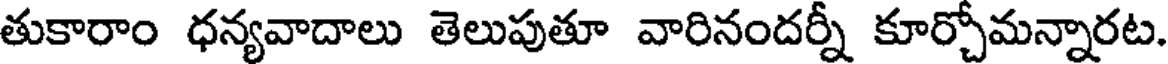
తుకారాం ధన్యవాదాలు తెలుపుతూ వారినందర్నీ కూర్చోమన్నారట.